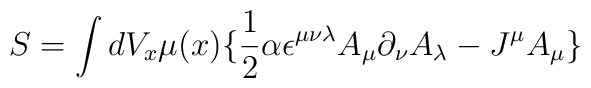
S=\int dV_x \mu(x) \lbrace \frac{1}{2}\alpha \epsilon^{\mu\nu\lambda}A_\mu\partial_\nu A_\lambda -J^\mu A_\mu\rbrace